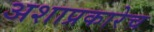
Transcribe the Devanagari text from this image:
अशाप्रकारेच